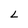
Character: L